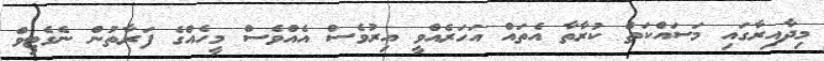
މިދާއިރާގައި މަސައްކަތް ކުރާތާ އެތައް އަހަރެއްވީ އިރުވެސް އެއްވެސް މީހެއްގެ ފަރާތުން ނެގެޓިވް